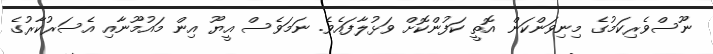
ނޫސްވެރިކަމުގެ މިނިވަންކަން އޮތީ ކަފުންކޮށް ވަޅުލާފައެވެ. ނަމަވެސް އީޔޫ އިން މައުމޫނާއި އެސަރުކާރުގެ